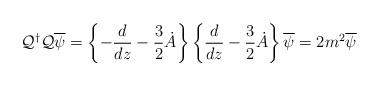
LaTeX: \begin{align*}{\cal{Q}}^{\dagger}{\cal{Q}}\overline{\psi}=\left\{-\frac{d}{dz}-\frac{3}{2}\dot{A}\right\}\left\{\frac{d}{dz}-\frac{3}{2}\dot{A}\right\}\overline{\psi}=2m^2\overline{\psi}\end{align*}